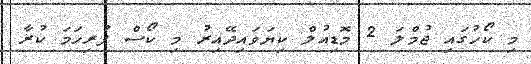
މި ކޯހުގައި ޖުމްލަ 2 މޮޑިއުލް ކިޔަވައިދޭއިރު މި ކޯސް ފުރިހަމަ ކުރާ